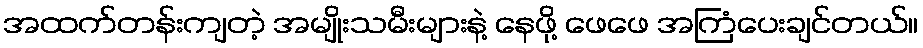
အထက်တန်းကျတဲ့ အမျိုးသမီးများနဲ့ နေဖို့ ဖေဖေ အကြံပေးချင်တယ်။